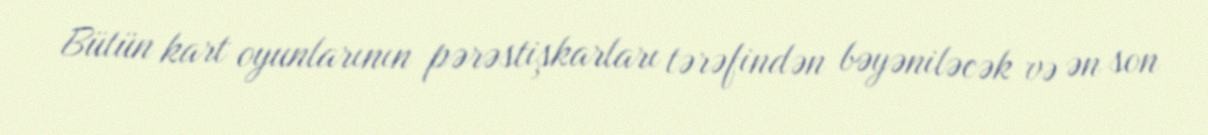
Bütün kart oyunlarının pərəstişkarları tərəfindən bəyəniləcək və ən son